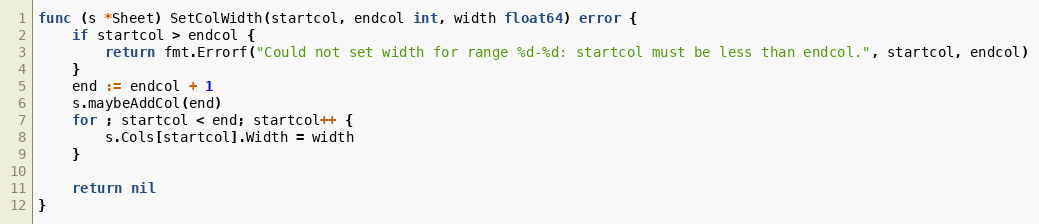
Language: Go
func (s *Sheet) SetColWidth(startcol, endcol int, width float64) error {
	if startcol > endcol {
		return fmt.Errorf("Could not set width for range %d-%d: startcol must be less than endcol.", startcol, endcol)
	}
	end := endcol + 1
	s.maybeAddCol(end)
	for ; startcol < end; startcol++ {
		s.Cols[startcol].Width = width
	}

	return nil
}